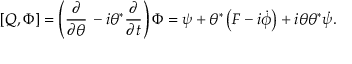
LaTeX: \left[ Q , \Phi \right] = \left( { \frac { \partial } { \partial \theta } } \, - i \theta ^ { * } { \frac { \partial } { \partial t } } \right) \Phi = \psi + \theta ^ { * } \left( F - i { \dot { \phi } } \right) + i \theta \theta ^ { * } { \dot { \psi } } .